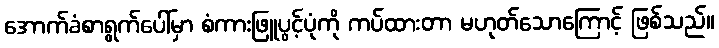
အောက်ခံစာရွက်ပေါ်မှာ စံကားဖြူပွင့်ပုံကို ကပ်ထားတာ မဟုတ်သောကြောင့် ဖြစ်သည်။